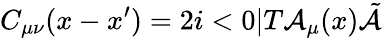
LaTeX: C_{\mu\nu}(x-x^{\prime})=2i<0|T{\cal A}_{\mu}(x)\tilde{{\cal A}}